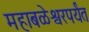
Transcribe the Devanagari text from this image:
महाबळेश्वरपर्यंत